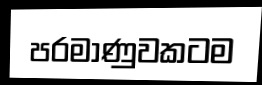
පරමාණුවකටම